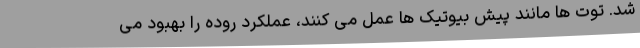
شد. توت ها مانند پیش بیوتیک ها عمل می کنند، عملکرد روده را بهبود می